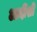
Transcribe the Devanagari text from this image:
आदींशी